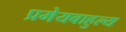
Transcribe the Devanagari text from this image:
प्रमेयबाहुल्य